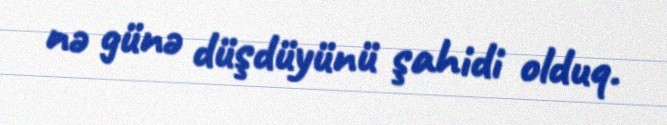
nə günə düşdüyünü şahidi olduq.